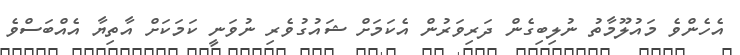
އެހެންވެ މައުލޫމާތު ނުލިބިގެން ދަރިވަރުން އެކަމަށް ޝައުގުވެރި ނުވަނީ ކަމަކަށް އާތިޔާ އެއްބަަސްވެ